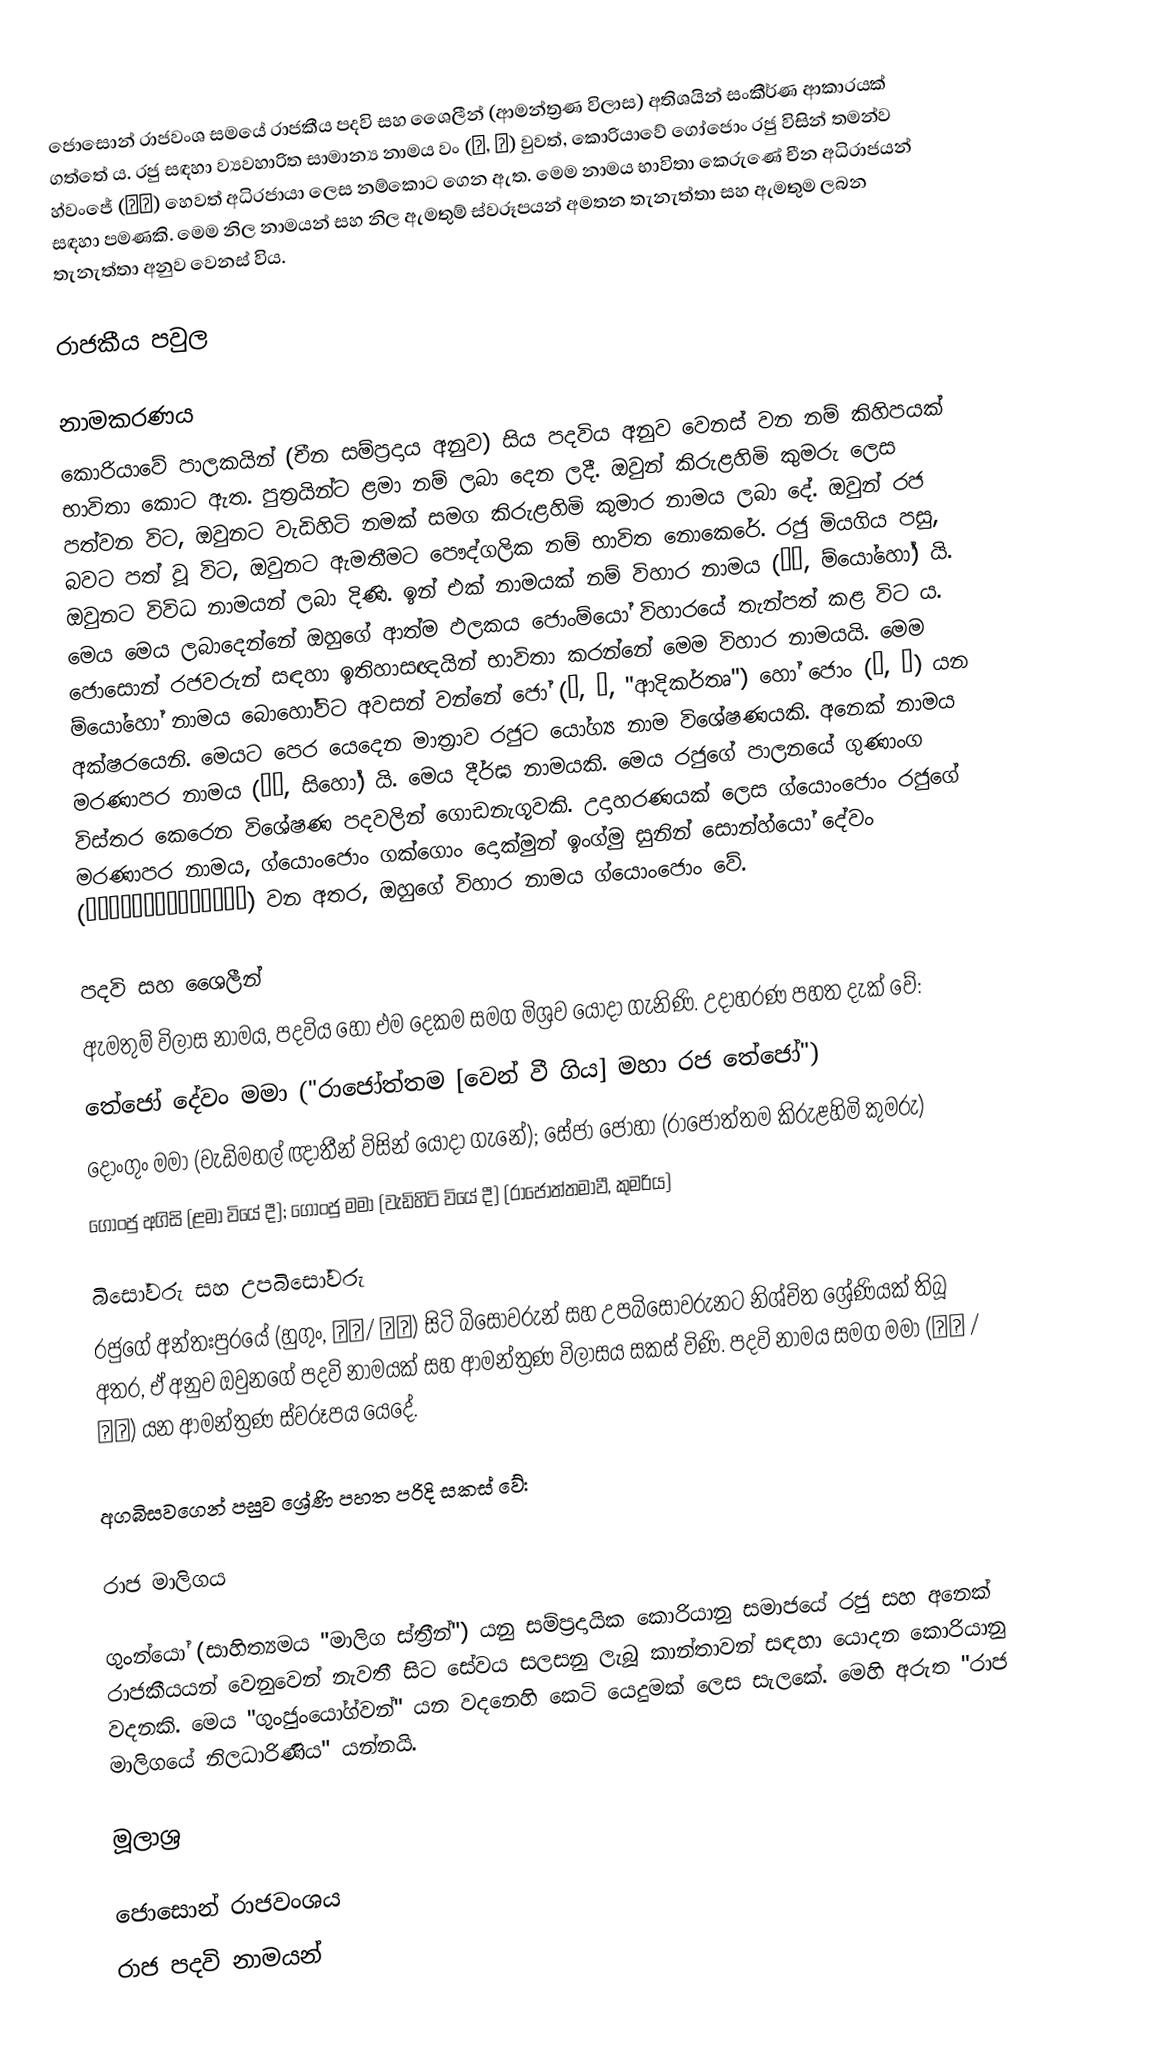
ජොසොන් රාජවංශ සමයේ ‍රාජකීය පදවි සහ ශෛලීන් (ආමන්ත්‍රණ විලාස) අතිශයින් සංකීර්ණ ආකාරයක් ගත්තේ ය‍. රජු සඳහා ව්‍යවහාරිත සාමාන්‍ය නාමය වං (왕, 王) වුවත්, කොරියාවේ ගෝජොං රජු විසින් තමන්ව හ්වංජේ (황제) හෙවත් අධිරජායා ලෙස නම්කොට ගෙන ඇත. මෙම නාමය භාවිතා කෙරුණේ චීන අධිරාජයන් සඳහා පමණකි. මෙම නිල නාමයන් සහ නිල ඇමතුම් ස්වරූපයන් අමතන තැනැත්තා සහ ඇමතුම ලබන තැනැත්තා අනුව වෙනස් විය.

රාජකීය පවුල

නාමකරණය
කොරියාවේ පාලකයින් (චීන සම්ප්‍රදාය අනුව) සිය පදවිය අනුව වෙනස් වන නම් කිහිපයක් භාවිතා කොට ඇත. පුත්‍රයින්ට ළමා නම් ලබා දෙන ලදී. ඔවුන් කිරුළහිමි කුමරු ලෙස පත්වන විට, ඔවුනට වැඩිහිටි නමක් සමග කිරුළහිමි කුමාර නාමය ලබා දේ. ඔවුන් රජ බවට පත් වූ විට, ඔවුනට ඇමතීමට පෞද්ගලික නම් භාවිත නොකෙරේ. රජු මියගිය පසු, ඔවුනට විවිධ නාමයන් ලබා දිණි. ඉන් එක් නාමයක් නම් විහාර නාමය (묘호, ම්යෝහෝ) යි. මෙය මෙය ලබාදෙන්නේ ඔහුගේ ආත්ම ඵලකය ජොංම්යෝ විහාරයේ තැන්පත් කළ විට ය. ජොසොන් රජවරුන් සඳහා ඉතිහාසඥයින් භාවිතා කරන්නේ මෙම විහාර නාමයයි. මෙම ම්යෝහෝ නාමය බොහෝවිට අවසන් වන්නේ ජෝ (조, 祖, "ආදිකර්තෘ") හෝ ජොං (종, 宗) යන අක්ෂරයෙනි. මෙයට පෙර යෙදෙන මාත්‍රාව රජුට යෝග්‍ය නාම විශේෂණයකි. අනෙක් නාමය මරණාපර නාමය (시호, සිහෝ) යි. මෙය දීර්ඝ නාමයකි. මෙය රජුගේ පාලනයේ ගුණාංග විස්තර කෙරෙන විශේෂණ පදවලින් ගොඩනැගූවකි. උදාහරණයක් ලෙස ග්යොංජොං රජුගේ මරණාපර නාමය, ග්යොංජොං ගක්ගොං දොක්මුන් ඉංග්මු සුනින් සොන්හ්යෝ දේවං (경종각공덕문익무순인선효대왕) වන අතර, ඔහුගේ විහාර නාමය ග්යොංජොං වේ.

පදවි සහ ශෛලීන්
ඇමතුම් විලාස නාමය, පදවිය හෝ එම දෙකම සමග මිශ්‍රව යොදා ගැනිණි. උදාහරණ පහත දැක් වේ:
 තේජෝ දේවං මමා ("රාජෝත්තම [වෙන් වී ගිය] මහා රජ තේජෝ")
 දොංගුං මමා (වැඩිමහල් ඥාතීන් විසින් යොදා ගැනේ); සේජා ජොහා (රාජෝත්තම කිරුළහිමි කුමරු)
 ගොංජු අගිසි (ළමා වියේ දී); ගොංජු මමා (වැඩිහිටි වියේ දී) (‍රාජෝත්තමාවී, කුමරිය)

බිසෝවරු සහ උපබිසෝවරු
රජුගේ අන්තඃපුරයේ (හුගුං, 후궁/ 後宮) සිටි බිසෝවරුන් සහ උපබිසෝවරුනට නිශ්චිත ශ්‍රේණියක් තිබූ අතර, ‍ඒ අනුව ඔවුනගේ පදවි නාමයක් සහ ආමන්ත්‍රණ විලාසය සකස් විණි. පදවි නාමය සමග මමා (마마 / 媽媽) යන ආමන්ත්‍රණ ස්වරූපය යෙදේ.

අගබිසවගෙන් පසුව ශ්‍රේණි පහත පරිදි සකස් වේ:

රාජ මාලිගය

ගුංන්යෝ (සාහිත්‍යමය "මාලිග ස්ත්‍රීන්") යනු සම්ප්‍රදායික කොරියානු සමාජයේ රජු සහ අනෙක් රාජකීයයන් වෙනුවෙන් නැවතී සිට සේවය සලසනු ලැබූ කාන්තාවන් සඳහා යොදන කොරියානු වදනකි. මෙය "ගුංජුංයෝග්වන්" යන වදනෙහි කෙටි යෙදුමක් ලෙස සැලකේ. මෙහි අරුත "රාජ මාලිගයේ නිලධාරිණිය" යන්නයි.

මූලාශ්‍ර

ජොසොන් රාජවංශය
රාජ පදවි නාමයන්